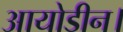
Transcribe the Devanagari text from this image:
आयोडीन।